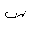
Letter: _sin